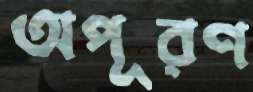
অপূরণ